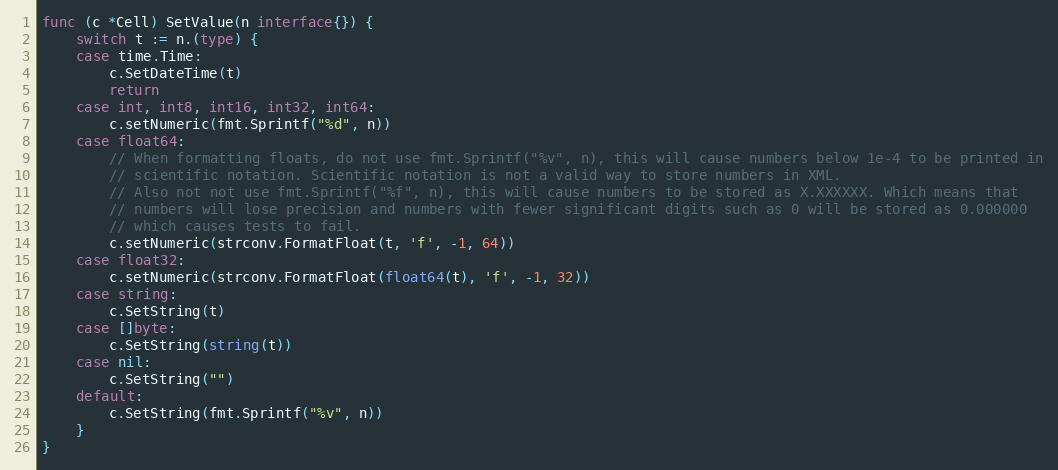
Language: Go
func (c *Cell) SetValue(n interface{}) {
	switch t := n.(type) {
	case time.Time:
		c.SetDateTime(t)
		return
	case int, int8, int16, int32, int64:
		c.setNumeric(fmt.Sprintf("%d", n))
	case float64:
		// When formatting floats, do not use fmt.Sprintf("%v", n), this will cause numbers below 1e-4 to be printed in
		// scientific notation. Scientific notation is not a valid way to store numbers in XML.
		// Also not not use fmt.Sprintf("%f", n), this will cause numbers to be stored as X.XXXXXX. Which means that
		// numbers will lose precision and numbers with fewer significant digits such as 0 will be stored as 0.000000
		// which causes tests to fail.
		c.setNumeric(strconv.FormatFloat(t, 'f', -1, 64))
	case float32:
		c.setNumeric(strconv.FormatFloat(float64(t), 'f', -1, 32))
	case string:
		c.SetString(t)
	case []byte:
		c.SetString(string(t))
	case nil:
		c.SetString("")
	default:
		c.SetString(fmt.Sprintf("%v", n))
	}
}